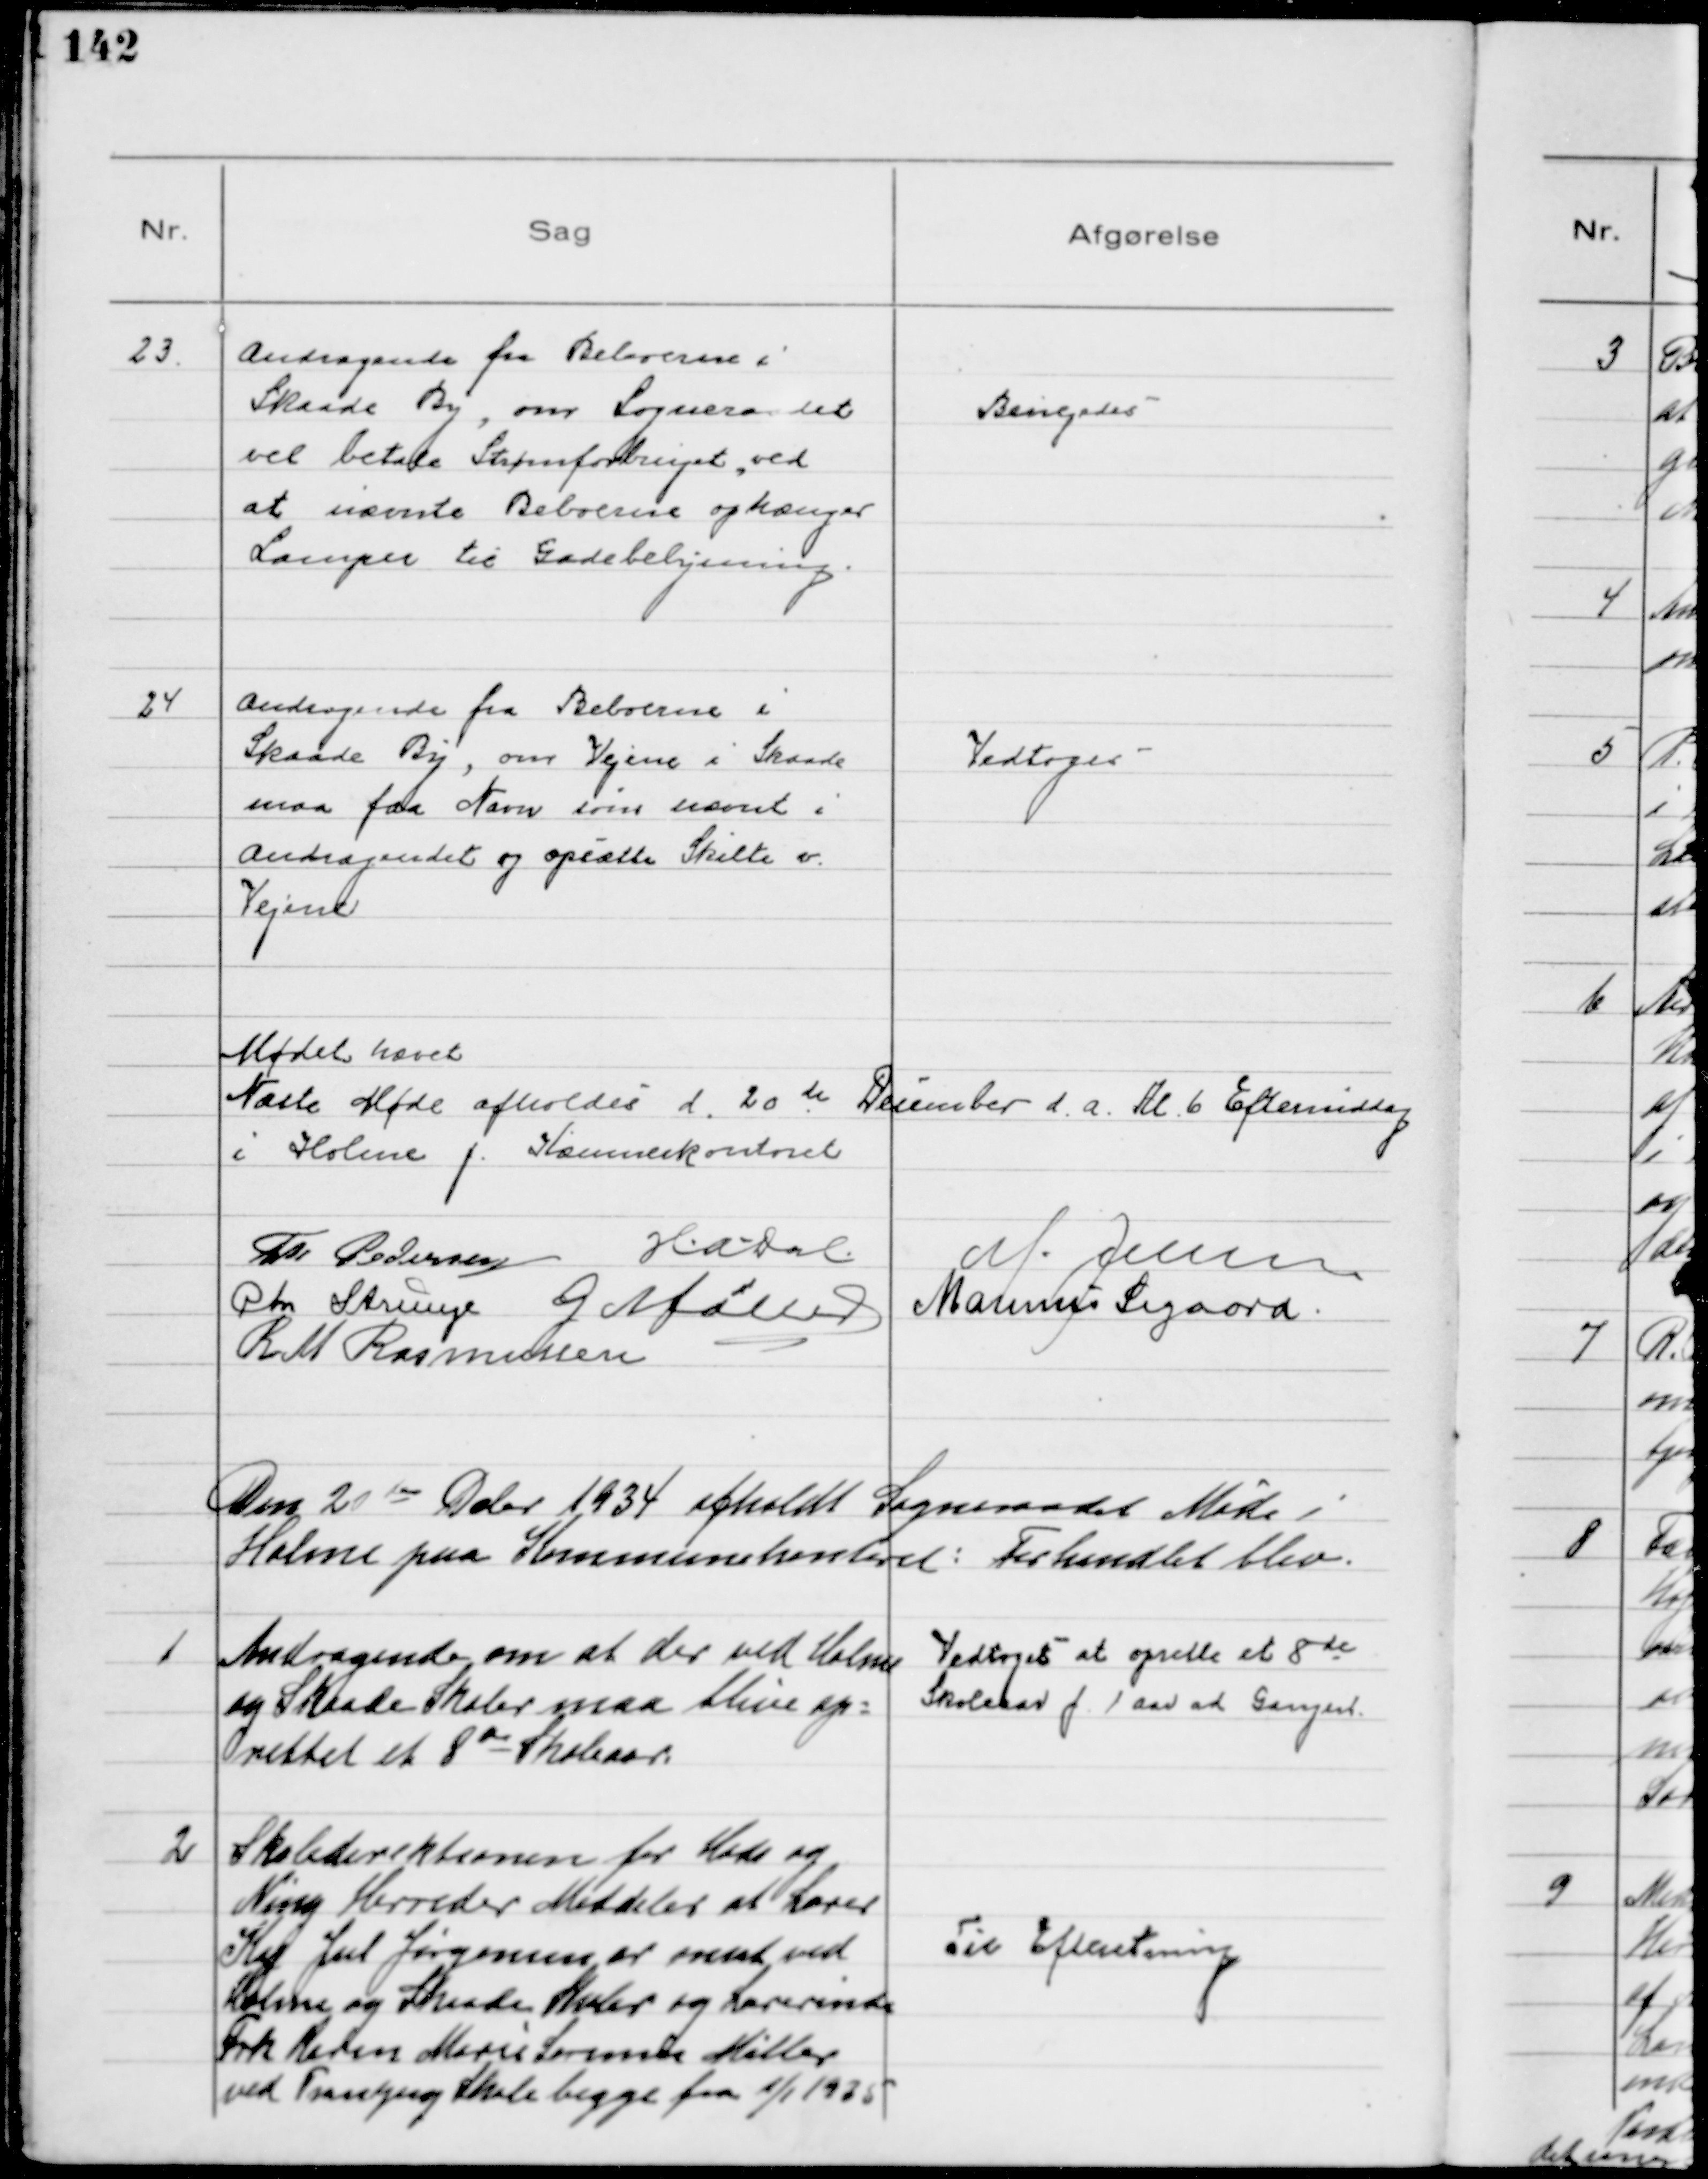
Transskription:
23.
Andragende fra Beboerne i
Skaade By, om Sogneraadet
vil betale Strømforbruget ved
at nævnte Beboerne ophænger
Lamper til Gadebelysning

Bevilgedes

24
Andragende fra Beboerne i
Skaade By, om Vejene i Skaade
maa faa Navn som nævnt i
Andragendet og opsætte Skilte v.
Vejene

Vedtoges

Mødet hævet
Næste Møde afholdes d. 20 de December d. a. Kl. 6 Eftermiddag
i Holme p. Kæmnerkontoret
Th Pedersen H.A. Dal M. Jensen
Chr Strunge G Møller Marinus Sigaard.
R. M. Rasmussen

Den 20 de Debr 1934 afholdt Sogneraadet Møde i
Holme paa Kommunekontoret: Forhandlet blev.

1
Andragende om at der ved Holme
og Skaade Skoler maa blive op=
rettet et 8de Skoleaar.

Vedtoges at oprette et 8de
Skoleaar f. 1 Aar ad Gangen

2
Skoledirektionen for Hads og
Ning Herreder Meddeler at Lærer
Kaj Jul Jørgensen er ansat ved
Holme og Skaade Skoler og Lærerinde
Frk Karen Marie Sørensen Møller
ved Tranbjerg Skole begge fra 1/1 1935

Til Efteretning